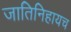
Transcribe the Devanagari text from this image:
जातिनिहायच